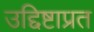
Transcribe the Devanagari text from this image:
उद्दिष्टाप्रत